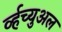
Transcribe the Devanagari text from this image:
र्व्हच्युअल